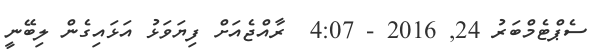
ސެޕްޓެމްބަރު 24